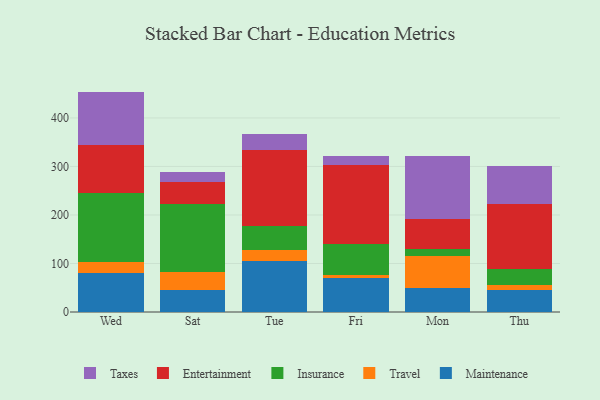
{"axis": {"x": "Day", "y": "Headcount"}, "legend": ["Entertainment", "Insurance", "Maintenance", "Taxes", "Travel"], "data": [{"x": "Wed", "y": 80.5, "type": "Maintenance"}, {"x": "Wed", "y": 22.2, "type": "Travel"}, {"x": "Wed", "y": 141.7, "type": "Insurance"}, {"x": "Wed", "y": 100.5, "type": "Entertainment"}, {"x": "Wed", "y": 109.4, "type": "Taxes"}, {"x": "Sat", "y": 44.6, "type": "Maintenance"}, {"x": "Sat", "y": 38.3, "type": "Travel"}, {"x": "Sat", "y": 140.2, "type": "Insurance"}, {"x": "Sat", "y": 45.5, "type": "Entertainment"}, {"x": "Sat", "y": 20.2, "type": "Taxes"}, {"x": "Tue", "y": 104.7, "type": "Maintenance"}, {"x": "Tue", "y": 24.0, "type": "Travel"}, {"x": "Tue", "y": 48.6, "type": "Insurance"}, {"x": "Tue", "y": 157.1, "type": "Entertainment"}, {"x": "Tue", "y": 32.8, "type": "Taxes"}, {"x": "Fri", "y": 70.2, "type": "Maintenance"}, {"x": "Fri", "y": 6.7, "type": "Travel"}, {"x": "Fri", "y": 64.3, "type": "Insurance"}, {"x": "Fri", "y": 162.8, "type": "Entertainment"}, {"x": "Fri", "y": 18.0, "type": "Taxes"}, {"x": "Mon", "y": 49.2, "type": "Maintenance"}, {"x": "Mon", "y": 67.2, "type": "Travel"}, {"x": "Mon", "y": 13.9, "type": "Insurance"}, {"x": "Mon", "y": 61.9, "type": "Entertainment"}, {"x": "Mon", "y": 128.8, "type": "Taxes"}, {"x": "Thu", "y": 44.8, "type": "Maintenance"}, {"x": "Thu", "y": 11.3, "type": "Travel"}, {"x": "Thu", "y": 31.7, "type": "Insurance"}, {"x": "Thu", "y": 134.2, "type": "Entertainment"}, {"x": "Thu", "y": 79.9, "type": "Taxes"}]}